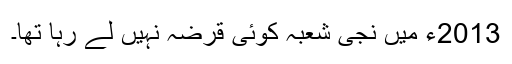
2013ء میں نجی شعبہ کوئی قرضہ نہیں لے رہا تھا۔